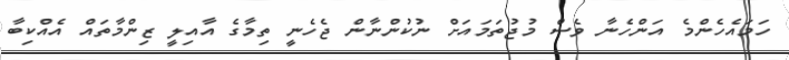
ހަމައެހެންމެ އަންހެނާ ވެސް މުޖުތަމައަށް ނުކުންނާން ޖެހެނީ ތިމާގެ އާއިލީ ޒިންމާތައް އެއްކިބާ